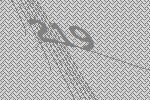
219